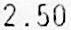
2.50